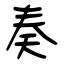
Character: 奏